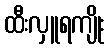
ထီးလှူရကျိုး